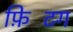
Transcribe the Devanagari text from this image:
फ़िटिंग